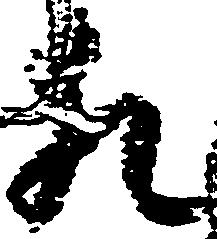
猶